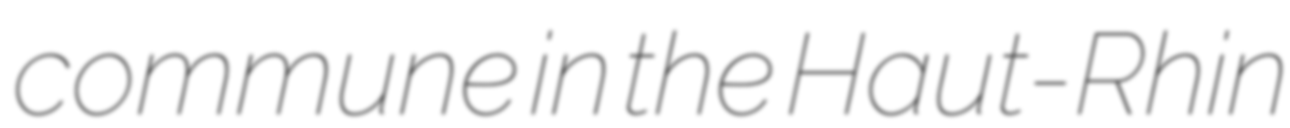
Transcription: commune in the Haut-Rhin